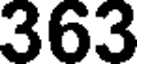
363